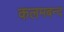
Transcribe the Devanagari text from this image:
कलमबन्द